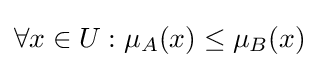
\forall x\in U:\mu _{A}(x)\leq \mu _{B}(x)